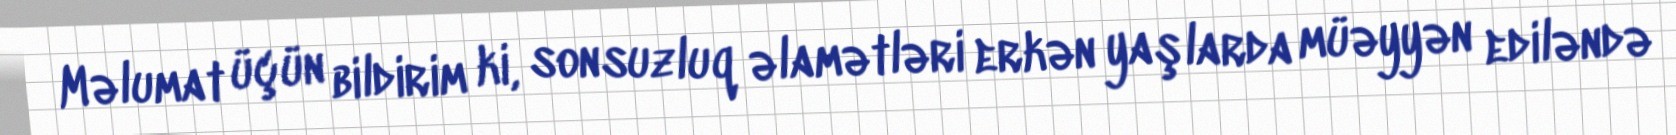
Məlumat üçün bildirim ki, sonsuzluq əlamətləri erkən yaşlarda müəyyən ediləndə